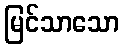
မြင်သာသော